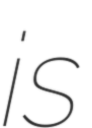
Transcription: is